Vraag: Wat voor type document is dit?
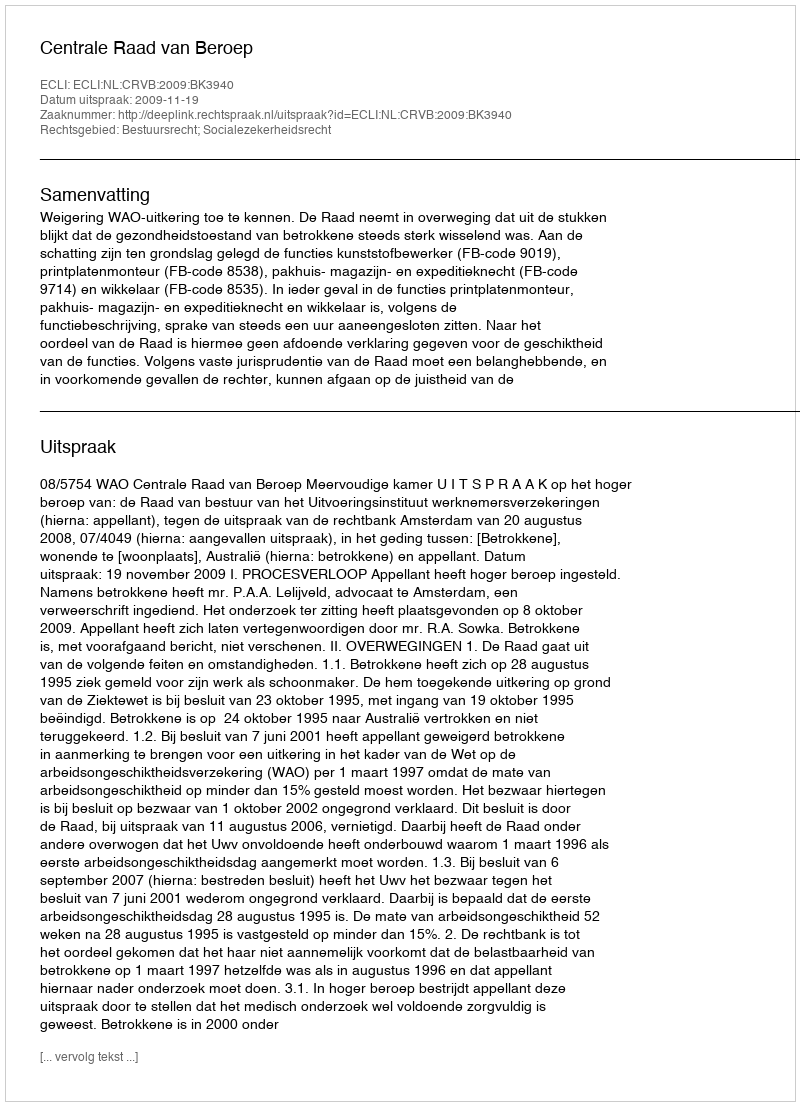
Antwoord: Uitspraak